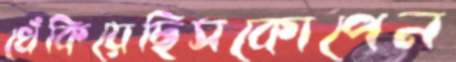
খেঁকিয়েছিসকোপেন